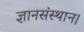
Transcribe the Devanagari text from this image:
ज्ञानसंस्थान।